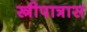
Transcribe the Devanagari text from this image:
स्त्रीपात्रास